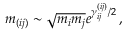
m _ { ( i j ) } \sim \sqrt { m _ { i } m _ { j } } e ^ { \gamma _ { i j } ^ { ( i j ) } / 2 } \, ,